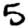
Digit: 5